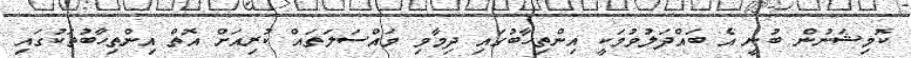
ކޮމިޝަނުން ބުނީ އެ ބައްދަލުވުމަކީ އިންތިހާބުގައި ދިމާވި މައްސަލަތައް ކުރިއަށް އޮތް އިންތިހާބުތަކުގައި